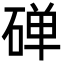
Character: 䃅